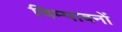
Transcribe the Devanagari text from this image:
चिम्पावनों